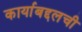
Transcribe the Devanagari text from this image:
कार्याबद्दलची